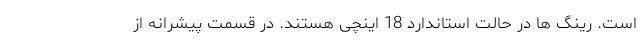
است. رینگ ها در حالت استاندارد 18 اینچی هستند. در قسمت پیشرانه از